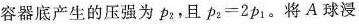
容器底产生的压强为p _ { 2 }，且$$p _ { 2 } = 2 p _ { 1 }$$。将A球浸